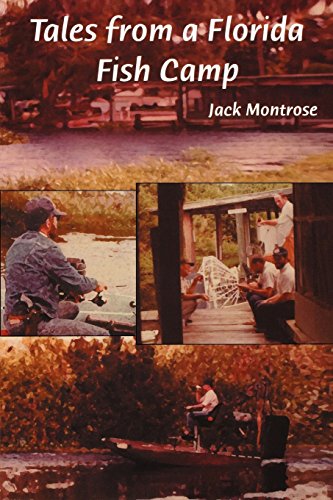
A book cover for Tales from a Florida Fish Camp: And Other Tidbits of Swamp Rat Philosophy; Jack Montrose; Humor & Entertainment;